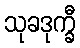
သုခဒုက္ခီ